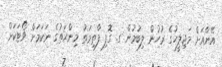
އޭނާއަށް މަޖިލީހުގެ ރުހުން ލިބުމުން ގ. ގޮފި ފާތިމަތު މިންޙަތުގެ ނަކަމަށް ވޯޓަކަށް